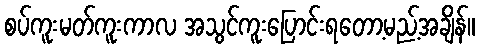
စပ်ကူးမတ်ကူးကာလ အသွင်ကူးပြောင်းရတော့မည့်အချိန်။